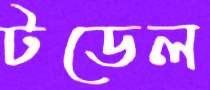
টডেল